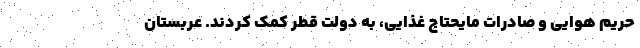
حریم هوایی و صادرات مایحتاج غذایی، به دولت قطر کمک کردند. عربستان